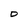
Character: O